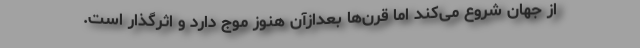
از جهان شروع می‌کند اما قرن‌ها بعدازآن هنوز موج دارد و اثرگذار است.